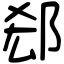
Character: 郄